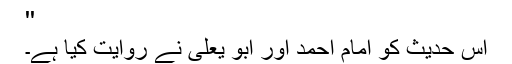
''
اِس حدیث کو امام احمد اور ابو یعلی نے روایت کیا ہے۔